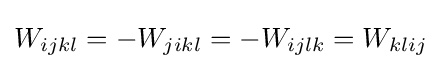
W_{ijkl}=-W_{jikl}=-W_{ijlk}=W_{klij}